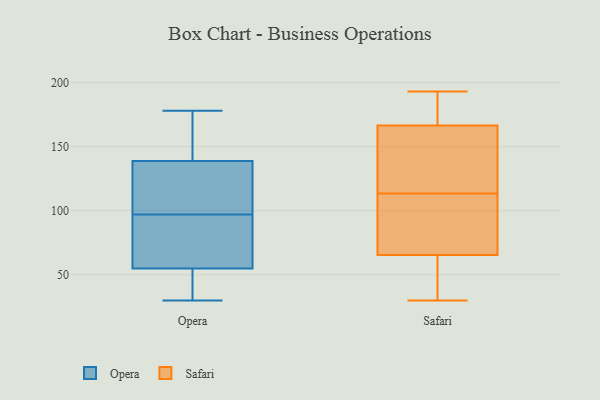
{"axis": {"x": "Active Users", "y": "Value"}, "legend": ["Opera", "Safari"], "data": [{"x": "", "y": 178, "type": "Opera"}, {"x": "", "y": 140, "type": "Opera"}, {"x": "", "y": 51, "type": "Opera"}, {"x": "", "y": 135, "type": "Opera"}, {"x": "", "y": 54, "type": "Opera"}, {"x": "", "y": 105, "type": "Opera"}, {"x": "", "y": 58, "type": "Opera"}, {"x": "", "y": 30, "type": "Opera"}, {"x": "", "y": 164, "type": "Opera"}, {"x": "", "y": 62, "type": "Opera"}, {"x": "", "y": 97, "type": "Opera"}, {"x": "", "y": 42, "type": "Safari"}, {"x": "", "y": 176, "type": "Safari"}, {"x": "", "y": 88, "type": "Safari"}, {"x": "", "y": 161, "type": "Safari"}, {"x": "", "y": 82, "type": "Safari"}, {"x": "", "y": 30, "type": "Safari"}, {"x": "", "y": 174, "type": "Safari"}, {"x": "", "y": 193, "type": "Safari"}, {"x": "", "y": 135, "type": "Safari"}, {"x": "", "y": 116, "type": "Safari"}, {"x": "", "y": 63, "type": "Safari"}, {"x": "", "y": 111, "type": "Safari"}, {"x": "", "y": 33, "type": "Safari"}, {"x": "", "y": 68, "type": "Safari"}, {"x": "", "y": 172, "type": "Safari"}, {"x": "", "y": 126, "type": "Safari"}]}